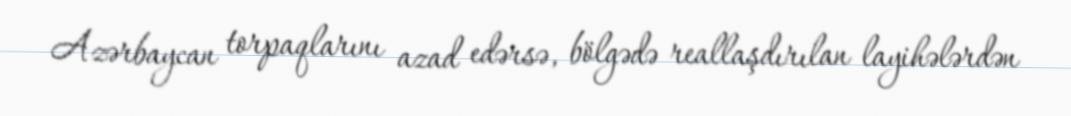
Azərbaycan torpaqlarını azad edərsə, bölgədə reallaşdırılan layihələrdən